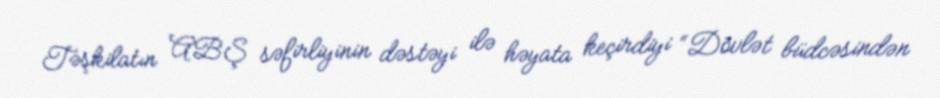
Təşkilatın ABŞ səfirliyinin dəstəyi ilə həyata keçirdiyi “Dövlət büdcəsindən